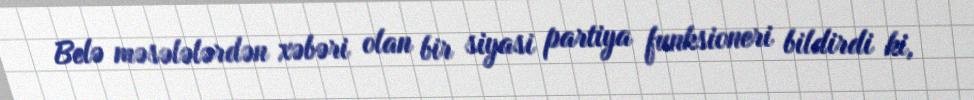
Belə məsələlərdən xəbəri olan bir siyasi partiya funksioneri bildirdi ki,